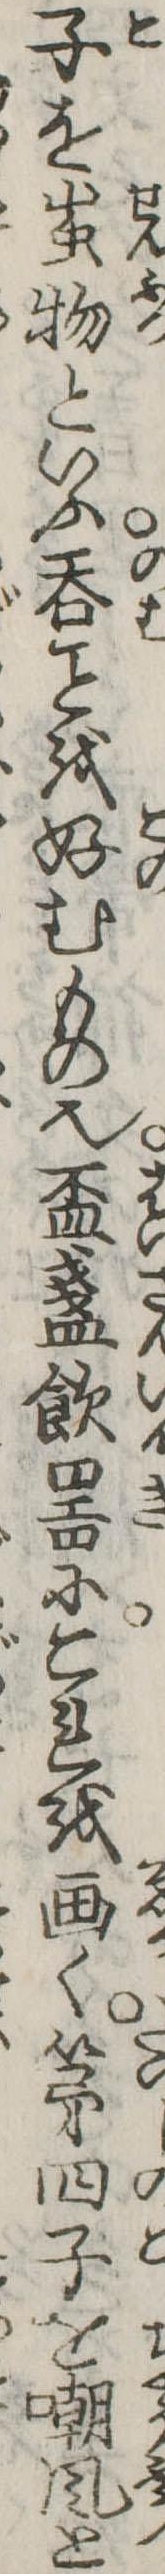
子を蚩物といふ呑を好むもの也杯盞飲器にこれを画く第四子を嘲風と